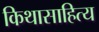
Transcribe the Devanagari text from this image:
किथासाहित्य